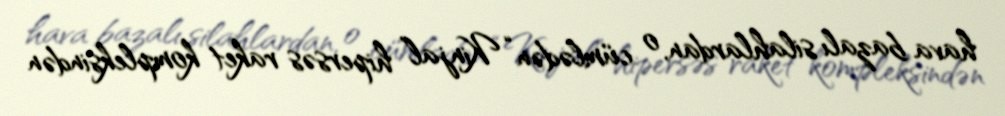
hava bazalı silahlardan, o cümlədən “Kinjal” hipersəs raket kompleksindən